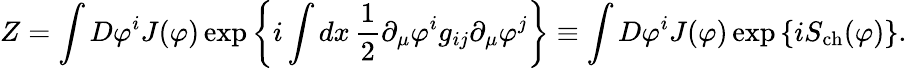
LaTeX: Z=\int D\varphi^{i}J(\varphi)\exp\left\{ i\int dx\, \frac{1}{2}\partial_{\mu}\varphi^{i}g_{ij}\partial_{\mu}\varphi^{j}\right\} \equiv\int D\varphi^{i}J(\varphi)\exp\left\{ iS_{\mathrm{ch}}(\varphi)\right\} .